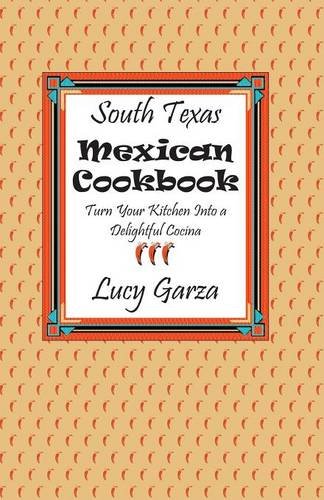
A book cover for South Texas Mexican Cookbook; Lucy M. Garza; Cookbooks, Food & Wine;